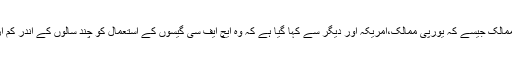
معاشی طور پر مضبوط ممالک جیسے کہ یورپی ممالک،امریکہ اور دیگر سے کہا گیا ہے کہ وہ ایچ ایف سی گیسوں کے استعمال کو چند سالوں کے اندر کم ازکم 10 فیصد کم کر دیں۔